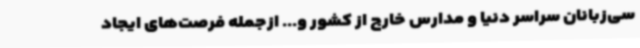
سی‌زبانان سراسر دنیا و مدارس خارج از کشور و... ازجمله فرصت‌های ایجاد